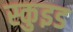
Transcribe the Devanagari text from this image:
स्कुइड